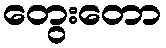
တွေးတော